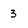
Character: 3